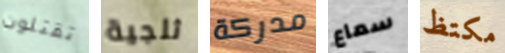
تقتلون ثلجية مدركة سماع مكتظ